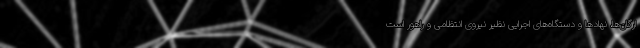
ارگان‌ها، نهادها و دستگاه‌های اجرایی نظیر نیروی انتظامی و راهور است